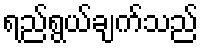
ရည်ရွယ်ချက်သည်